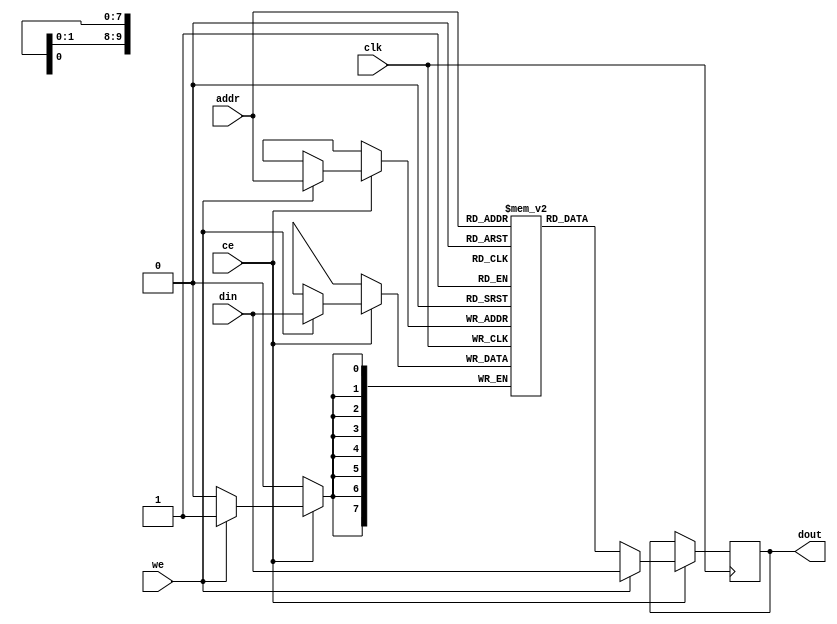
//-------------------------------------------------------------------------
//
//FUNCTION      : RAM behavioral model for NM.
//INITIAL DATE  : 2017/05/19
//VERSION       : 1.0
//RELEASE NOTE  : 1.0: initial version.
//
//-------------------------------------------------------------------------

module  nm_ram(
    clk,
    ce,
    we,
    addr,
    din,
    dout
    );

parameter WIDTH = 8;
parameter DEPTH = 10;

input   clk;
input   ce;
input   we;
input   [DEPTH-1:0] addr;
input   [WIDTH-1:0] din;
output  [WIDTH-1:0] dout;

reg [WIDTH-1:0] ram[2**DEPTH-1:0];
reg [WIDTH-1:0] dout;

always  @(posedge clk)
begin
    if(ce)  begin
        if(we)  begin
            ram[addr]   <= din;
            dout        <= din;
            end
        else
            dout        <= ram[addr];
        end
end

endmodule